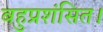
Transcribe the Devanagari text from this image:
बहुप्रशंसित।